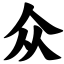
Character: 众